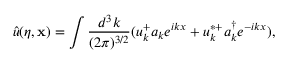
{ \hat { u } } ( \eta , { \bf x } ) = \int \frac { d ^ { 3 } k } { ( 2 \pi ) ^ { 3 / 2 } } ( u _ { k } ^ { + } a _ { k } e ^ { i k x } + u _ { k } ^ { * + } a _ { k } ^ { \dagger } e ^ { - i k x } ) ,